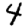
Digit: 4